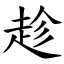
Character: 趁